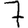
Digit: 7